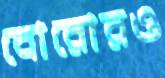
বোরোরও